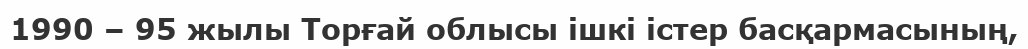
1990 – 95 жылы Торғай облысы ішкі істер басқармасының,